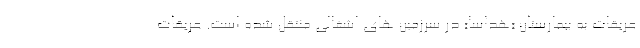
عریقات به بیمارستان «هداسا» در سرزمین های اشغالی منتقل شده است. عریقات